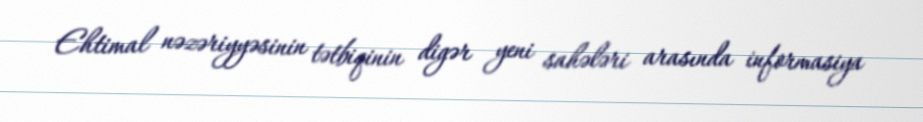
Ehtimal nəzəriyyəsinin tətbiqinin digər yeni sahələri arasında informasiya